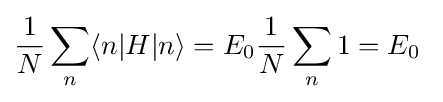
{\frac {1}{N}}\sum _{n}\langle n|H|n\rangle =E_{0}{\frac {1}{N}}\sum _{n}1=E_{0}\